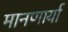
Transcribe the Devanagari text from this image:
मानणार्या